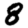
Digit: 8